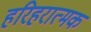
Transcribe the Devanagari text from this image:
हरिहरात्मक